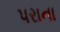
પરાના